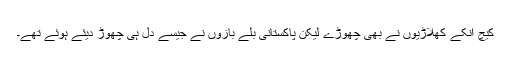
کیچ اُنکے کھلاڑیوں نے بھی چھوڑے لیکن پاکستانی بلے بازوں نے جیسے دِل ہی چھوڑ دیئے ہوئے تھے۔